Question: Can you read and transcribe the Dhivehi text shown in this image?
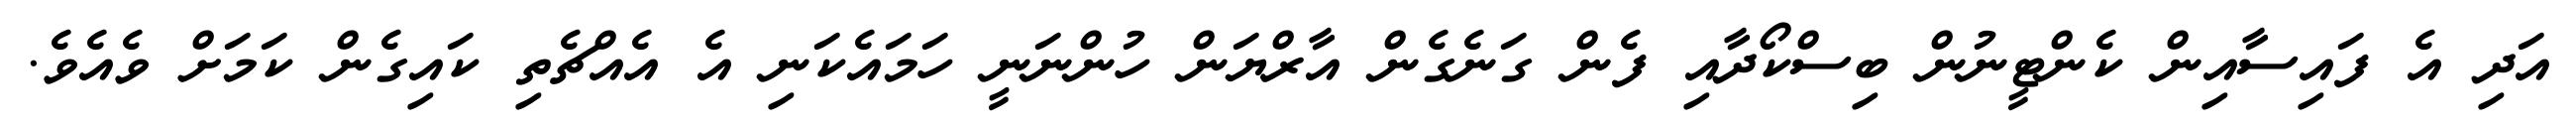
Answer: އަދި އެ ފައިސާއިން ކެންޓީނުން ބިސްކޯދާއި ފެން ގަނެގެން އާރްޔަން ހުންނަނީ ހަމައެކަނި އެ އެއްޗެތި ކައިގެން ކަމަށް ވެއެވެ.